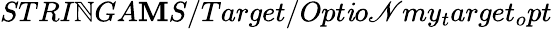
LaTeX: STRI\mathbb{N}GA\mathbf{M}S/Target/Opt\mathit{i}o\mathscr{N}my_{t}arget_{o}pt